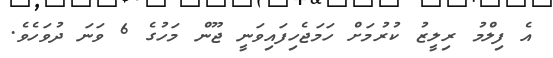
އެ ފިލްމު ރިލީޒު ކުރުމަށް ހަމަޖެހިފައިވަނީ ޖޫން މަހުގެ 6 ވަނަ ދުވަހެވެ.